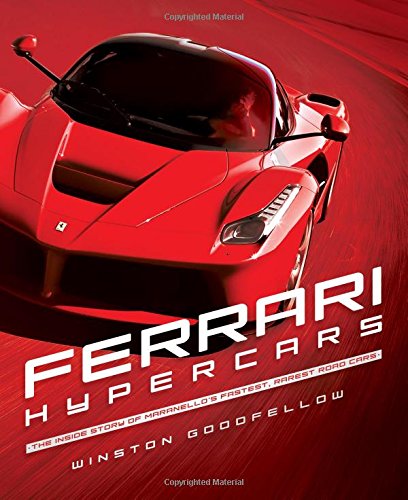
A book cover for Ferrari Hypercars: The Inside Story of Maranello's Fastest, Rarest Road Cars; Winston Goodfellow; Engineering & Transportation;